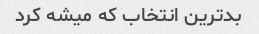
بدترین انتخاب که میشه کرد